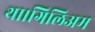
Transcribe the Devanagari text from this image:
था।गिलिअम